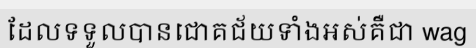
ដែលទទួលបានជោគជ័យទាំងអស់គឺជា wag